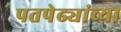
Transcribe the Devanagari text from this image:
पतपेढ्यांच्या